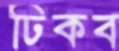
ঢিকব